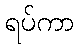
ရပ်ကာ